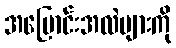
အပြောင်းအလဲများကို